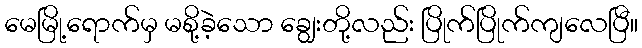
မေမြို့ရောက်မှ မစို့ခဲ့သော ချွေးတို့လည်း ပြိုက်ပြိုက်ကျလေပြီ။